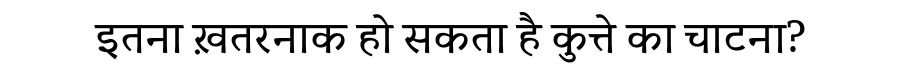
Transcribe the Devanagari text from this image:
इतना ख़तरनाक हो सकता है कुत्ते का चाटना?